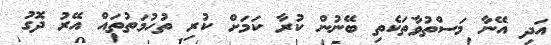
އަދި އޭނާ މަސްތުވާތަކެތި ބޭނުން ކުރާ ކަމަށް ކުރި ތުހުމަތުތައް އޭރު ދޮގު